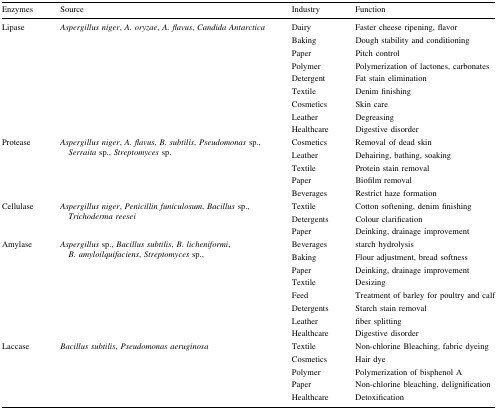
<table><thead><tr><td><b>Enzymes</b></td><td><b>Source</b></td><td><b>Industry</b></td><td><b>Function</b></td></tr></thead><tbody><tr><td>Lipase</td><td><i>Aspergillus niger</i>, <i>A. oryzae</i>, <i>A. flavus</i>, <i>Candida Antarctica</i></td><td>DairyBakingPaperPolymerDetergentTextileCosmeticsLeatherHealthcare</td><td>Faster cheese ripening, flavorDough stability and conditioningPitch controlPolymerization of lactones, carbonatesFat stain eliminationDenim finishingSkin careDegreasingDigestive disorder</td></tr><tr><td>Protease</td><td><i>Aspergillus niger</i>, <i>A. flavus</i>, <i>B. subtilis</i>, <i>Pseudomonas</i> sp., <i>Serraita</i> sp., <i>Streptomyces</i> sp.</td><td>CosmeticsLeatherTextilePaperBeverages</td><td>Removal of dead skinDehairing, bathing, soakingProtein stain removalBiofilm removalRestrict haze formation</td></tr><tr><td>Cellulase</td><td><i>Aspergillus niger</i>, <i>Penicillin funiculosum</i>, <i>Bacillus</i> sp., <i>Trichoderma reesei</i></td><td>TextileDetergentsPaper</td><td>Cotton softening, denim finishingColour clarificationDeinking, drainage improvement</td></tr><tr><td>Amylase</td><td><i>Aspergillus</i> sp., <i>Bacillus subtilis</i>, <i>B. licheniformi</i>, <i>B. amyloilquifaciens</i>, <i>Streptomyces</i> sp.,</td><td>BeveragesBakingPaperTextileFeedDetergentsLeatherHealthcare</td><td>starch hydrolysisFlour adjustment, bread softnessDeinking, drainage improvementDesizingTreatment of barley for poultry and calfStarch stain removalfiber splittingDigestive disorder</td></tr><tr><td>Laccase</td><td><i>Bacillus subtilis</i>, <i>Pseudomonas aeruginosa</i></td><td>TextileCosmeticsPolymerPaperHealthcare</td><td>Non-chlorine Bleaching, fabric dyeingHair dyePolymerization of bisphenol ANon-chlorine bleaching, delignificationDetoxification</td></tr></tbody></table>